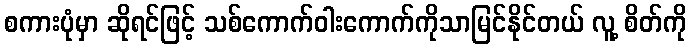
စကားပုံမှာ ဆိုရင်ဖြင့် သစ်ကောက်ဝါးကောက်ကိုသာမြင်နိုင်တယ် လူ့ စိတ်ကို